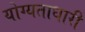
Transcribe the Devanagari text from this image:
योग्यताधारी